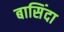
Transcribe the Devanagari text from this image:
बासिंदा